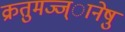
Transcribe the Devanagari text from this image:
क्रतुमज्ज्ानेषु